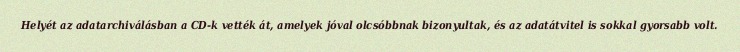
Helyét az adatarchiválásban a CD-k vették át, amelyek jóval olcsóbbnak bizonyultak, és az adatátvitel is sokkal gyorsabb volt.